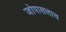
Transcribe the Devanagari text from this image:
जोपासलाच